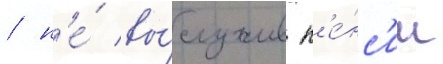
/ н'е́ вы́служив п'е́нс'ии